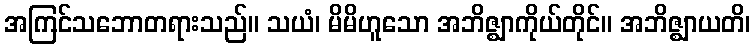
အကြင်သဘောတရားသည်။ သယံ၊ မိမိဟူသော အဘိဇ္ဈာကိုယ်တိုင်။ အဘိဇ္ဈာယတိ၊